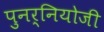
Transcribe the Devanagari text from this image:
पुनर्नियोजी